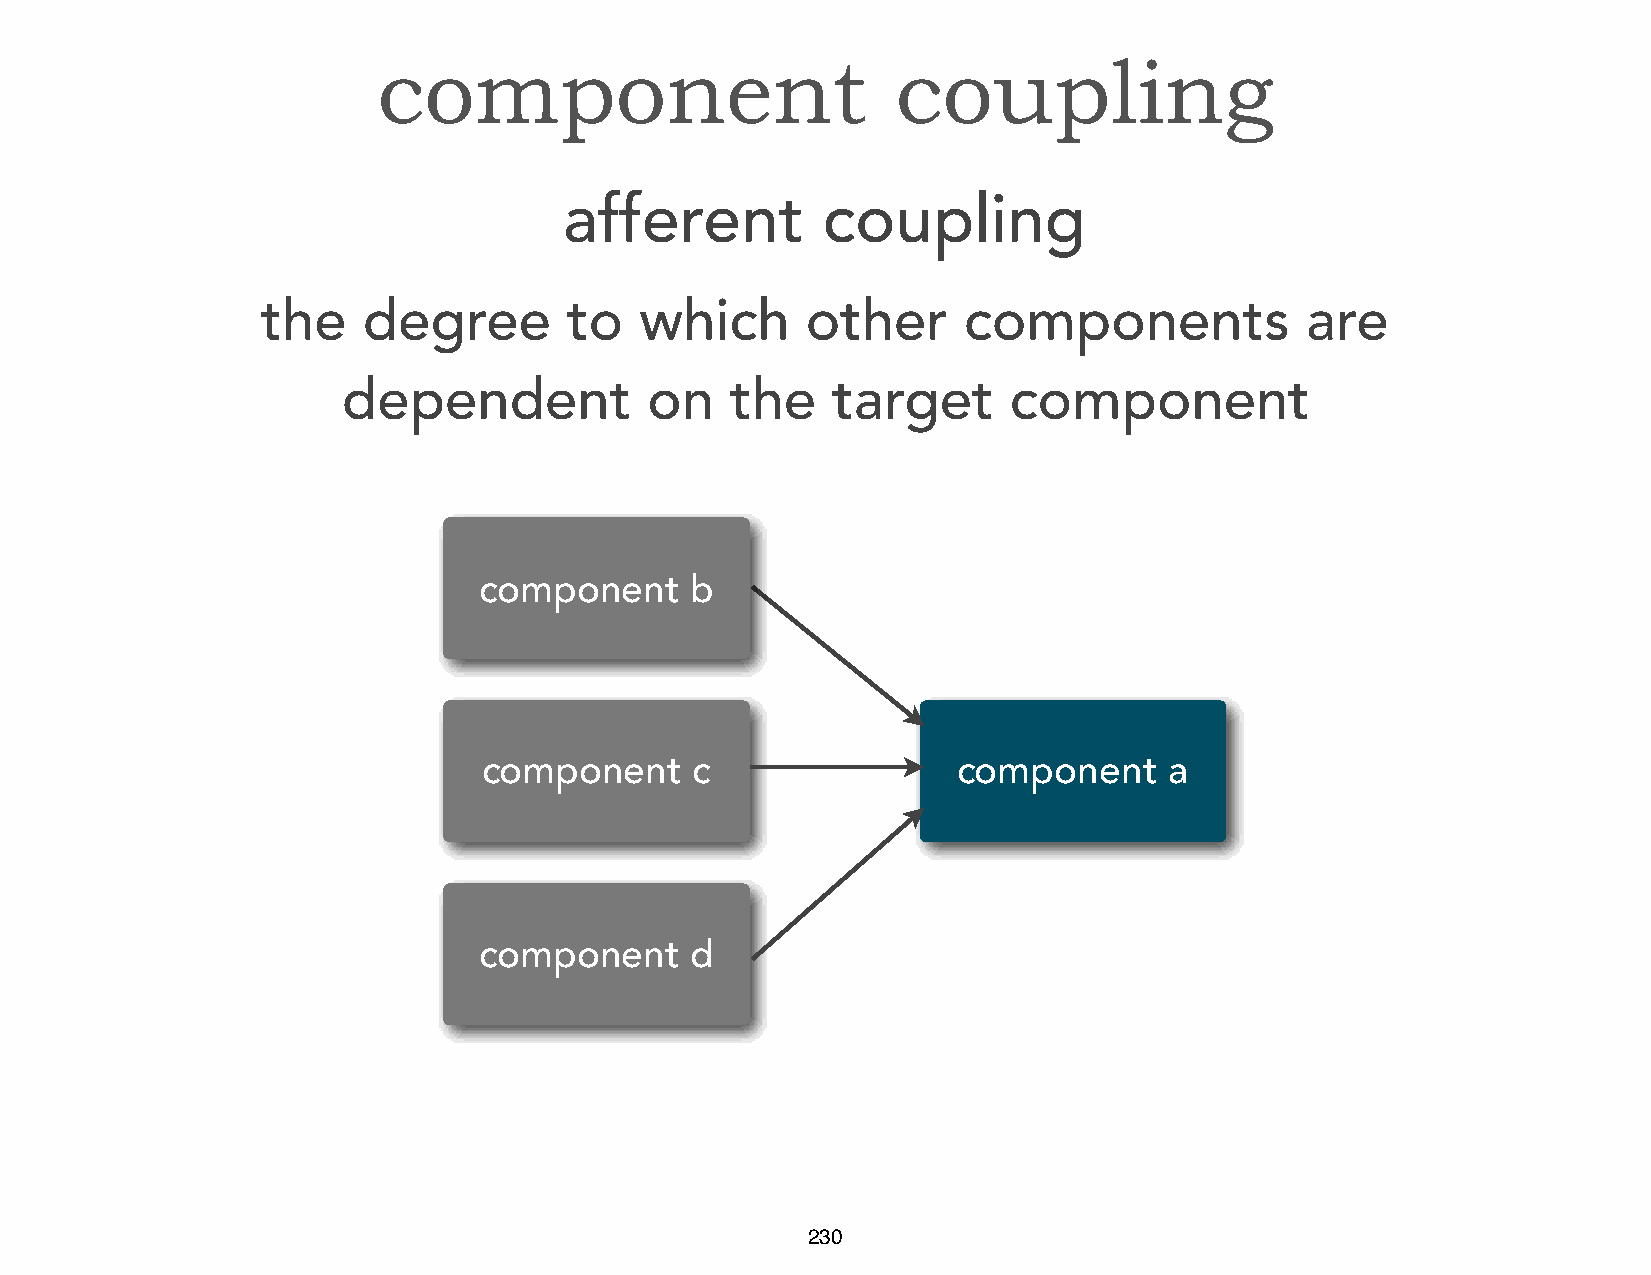
component                         coupling
 afferent         coupling
 the    degree        to  which      other      components            are
 dependent           on   the    target      component
 component     b
 component     c                component     a
 component     d
 230